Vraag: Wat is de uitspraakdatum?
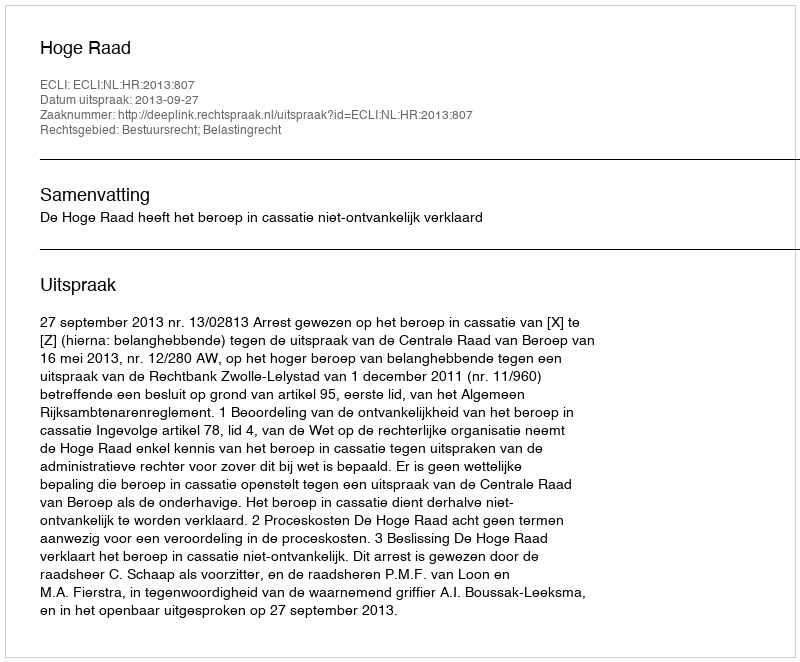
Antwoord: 2013-09-27